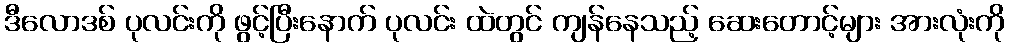
ဒီလောဒစ် ပုလင်းကို ဖွင့်ပြီးနောက် ပုလင်း ထဲတွင် ကျန်နေသည့် ဆေးတောင့်များ အားလုံးကို